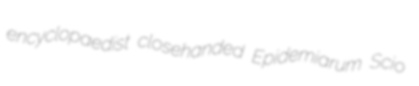
encyclopaedist closehanded Epidemiarum Scio